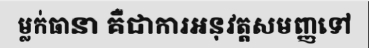
ម្លក់ធានា គឺជាការអនុវត្តសមញ្ញទៅ